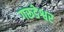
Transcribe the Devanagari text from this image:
गरूडेश्वर